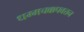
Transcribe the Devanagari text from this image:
धम्मचक्कपवत्तन